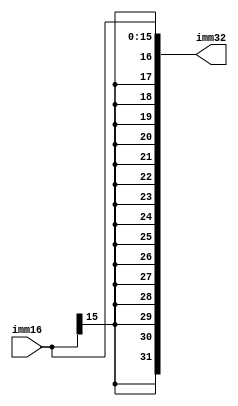
`timescale 1ns / 1ps
//////////////////////////////////////////////////////////////////////////////////
// Company: 
// Engineer: 
// 
// Design Name: 
// Module Name:    SignExtend 
// Project Name: 
// Target Devices: 
// Tool versions: 
// Description: 
//
// Dependencies: 
//
// Revision: 
// Revision 0.01 - File Created
// Additional Comments: 
//
//////////////////////////////////////////////////////////////////////////////////
module SignExtend(input [15:0] imm16, output  [31:0] imm32);

	assign imm32[31:0] = { {16{imm16[15]}},imm16[15:0] };

endmodule